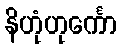
နိဟုံဟုင်္ကော